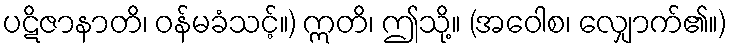
ပဋိဇာနာတိ၊ ဝန်မခံသင့်။) ဣတိ၊ ဤသို့။ (အဝေါစ၊ လျှောက်၏။)